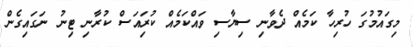
މިގައުމުގަ ހުރިހާ ކަމެއް ދެވާނި ސިޔާސި ވައްކަމެއް ކުރިައަސް ކުރާނި ޓިނުު ނަގައިގެން